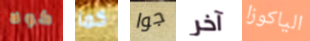
كولا كما جوا آخر الياكوزا